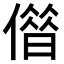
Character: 𠎥